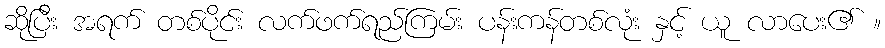
ဆိုပြီး အရက် တစ်ပိုင်း လက်ဖက်ရည်ကြမ်း ပန်းကန်တစ်လုံး နှင့် ယူ လာပေး၏ ။